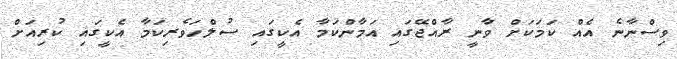
ވިސްނާނެ އެއް ކަމަކަށް ވާނީ ރާއްޖޭގައި އަމާންކަމާ އެކީގައި ސުލްހަވެރިކަމާ އެކީގައި ކުރިއަށް